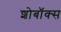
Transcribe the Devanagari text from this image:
शोबॉक्स